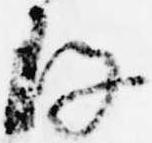
存